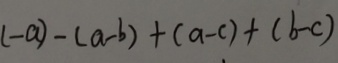
( - a ) - ( a - b ) + ( a - c ) + ( b - c )